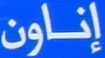
إناون